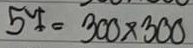
57 = 300x300